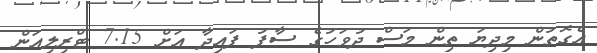
އެގޮތުން މިދިޔަ ތިން މަސް ދުވަހުގެ ސާފު ފައިދާ އަށް 7.15 ޓްރިލިއަން